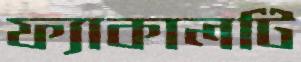
ফ্যাকালটি